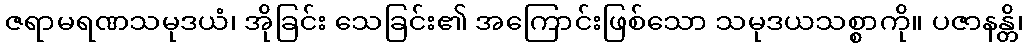
ဇရာမရဏသမုဒယံ၊ အိုခြင်း သေခြင်း၏ အကြောင်းဖြစ်သော သမုဒယသစ္စာကို။ ပဇာနန္တိ၊